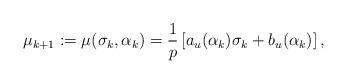
LaTeX: \begin{align*}\mu_{k+1} := \mu(\sigma_k,{\alpha}_k) =\frac{1}{p} \left[ a_u(\alpha_k) \sigma_k + b_u(\alpha_k) \right],\end{align*}